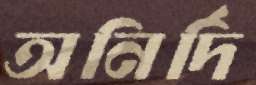
অনির্দি